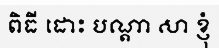
ពិធី ដោះ បណ្តា សា ខ្ញុំ